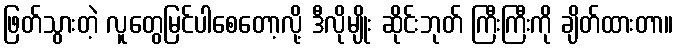
ဖြတ်သွားတဲ့ လူတွေမြင်ပါစေတော့လို့ ဒီလိုမျိုး ဆိုင်းဘုတ် ကြီးကြီးကို ချိတ်ထားတာ။